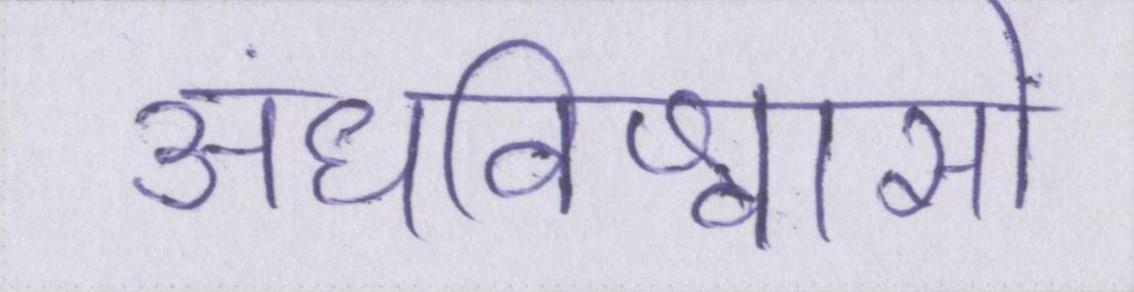
अंधविश्वासों